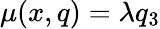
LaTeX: \mu(x,q)=\lambda q_{3}